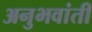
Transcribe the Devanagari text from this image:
अनुभवांती